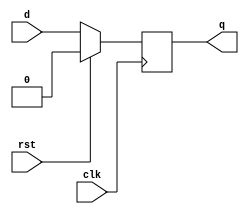
module dff_rst (
   input clk,
   input d,
   input rst,
   output reg q); 
   
   always @(posedge clk) begin
      if (rst)
         q <= 0;
       else
         q <= d;
   end
   
endmodule